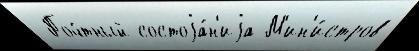
 Поч́тный состоjа́н'иjа М'ин'и́стров